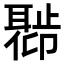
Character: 𬚣